Indian journal of veterinary science and animal husbandry - Volume 10,
Year: 1940
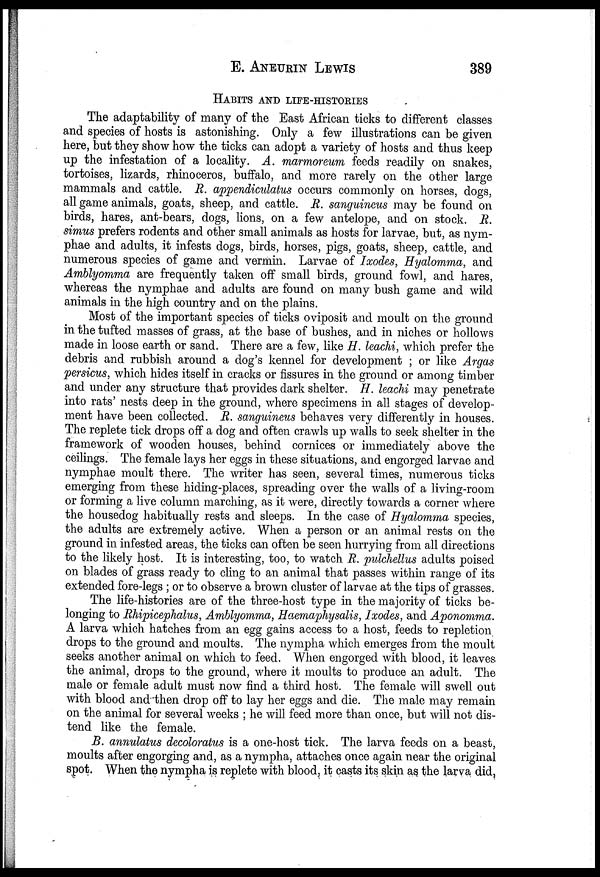
E.
ANEURIN
LEWIS
389
HABITS AND LIFE- HISTORIES
The adaptability of many of the East African ticks to different classes
and species of hosts is astonishing. Only a few illustrations can be given
here, but they show how the ticks can adopt a variety of hosts and thus keep
up the infestation of a locality. A. marmoreum feeds readily on snakes,
tortoises, lizards, rhinoceros, buffalo, and more rarely on the other large
mammals and cattle. R. appendiculatus occurs commonly on horses, dogs,
all game animals, goats, sheep, and cattle. R. sanguineus may be found on
birds, hares, ant-bears, dogs, lions, on a few antelope, and on stock. R.
simus prefers rodents and other small animals as hosts for larvae, but, as nym¬
phae and adults, it infests dogs, birds, horses, pigs, goats, sheep, cattle, and
numerous species of game and vermin. Larvae of Ixodes, Hyalomma, and
Amblyomma are frequently taken off small birds, ground fowl, and hares,
whereas the nymphae and adults are found on many bush game and wild
animals in the high country and on the plains.
Most of the important species of ticks oviposit and moult on the ground
in the tufted masses of grass, at the base of bushes, and in niches or hollows
made in loose earth or sand. There are a few, like H. leachi, which prefer the
debris and rubbish around a dog's kennel for development ; or like Argas
persicus, which hides itself in cracks or fissures in the ground or among timber
and under any structure that provides dark shelter. H. leachi may penetrate
into rats' nests deep in the ground, where specimens in all stages of develop-
ment have been collected. R. sanguineus behaves very differently in houses.
The replete tick drops off a dog and often crawls up walls to seek shelter in the
framework of wooden houses, behind cornices or immediately above the
ceilings. The female lays her eggs in these situations, and engorged larvae and
nymphae moult there. The writer has seen, several times, numerous ticks
emerging from these hiding-places, spreading over the walls of a living-room
or forming a live column marching, as it were, directly towards a corner where
the housedog habitually rests and sleeps. In the case of Hyalomma species,
the adults are extremely active. When a person or an animal rests on the
ground in infested areas, the ticks can often be seen hurrying from all directions
to the likely host. It is interesting, too, to watch R. pulchellus adults poised
on blades of grass ready to cling to an animal that passes within range of its
extended fore-legs ; or to observe a brown cluster of larvae at the tips of grasses.
The life-histories are of the three-host type in the majority of ticks be-
longing to Rhipicephalus, Amblyomma, Haemaphysalis, Ixodes, and Aponomma.
A larva which hatches from an egg gains access to a host, feeds to repletion
drops to the ground and moults. The nympha which emerges from the moult
seeks another animal on which to feed. When engorged with blood, it leaves
the animal, drops to the ground, where it moults to produce an adult. The
male or female adult must now find a third host. The female will swell out
with blood and then drop off to lay her eggs and die. The male may remain
on the animal for several weeks ; he will feed more than once, but will not dis-
tend like the female.
B. annulatus decoloratus is a one-host tick. The larva feeds on a beast,
moults after engorging and, as a nympha, attaches once again near the original
spot. When the nympha is replete with blood, it casts its skin as the larva did,